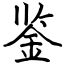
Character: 鉴